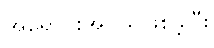
အရောင်းအဝယ်ဖြစ်ခဲ့ပြီး